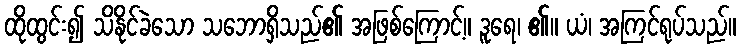
ထိုထွင်း၍ သိနိုင်ခဲသော သဘောရှိသည်၏ အဖြစ်ကြောင့်။ ဒူရေ၊ ၏။ ယံ၊ အကြင်ရုပ်သည်။